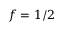
f = 1 / 2